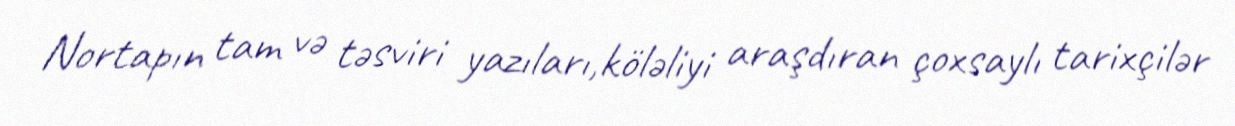
Nortapın tam və təsviri yazıları,köləliyi araşdıran çoxsaylı tarixçilər